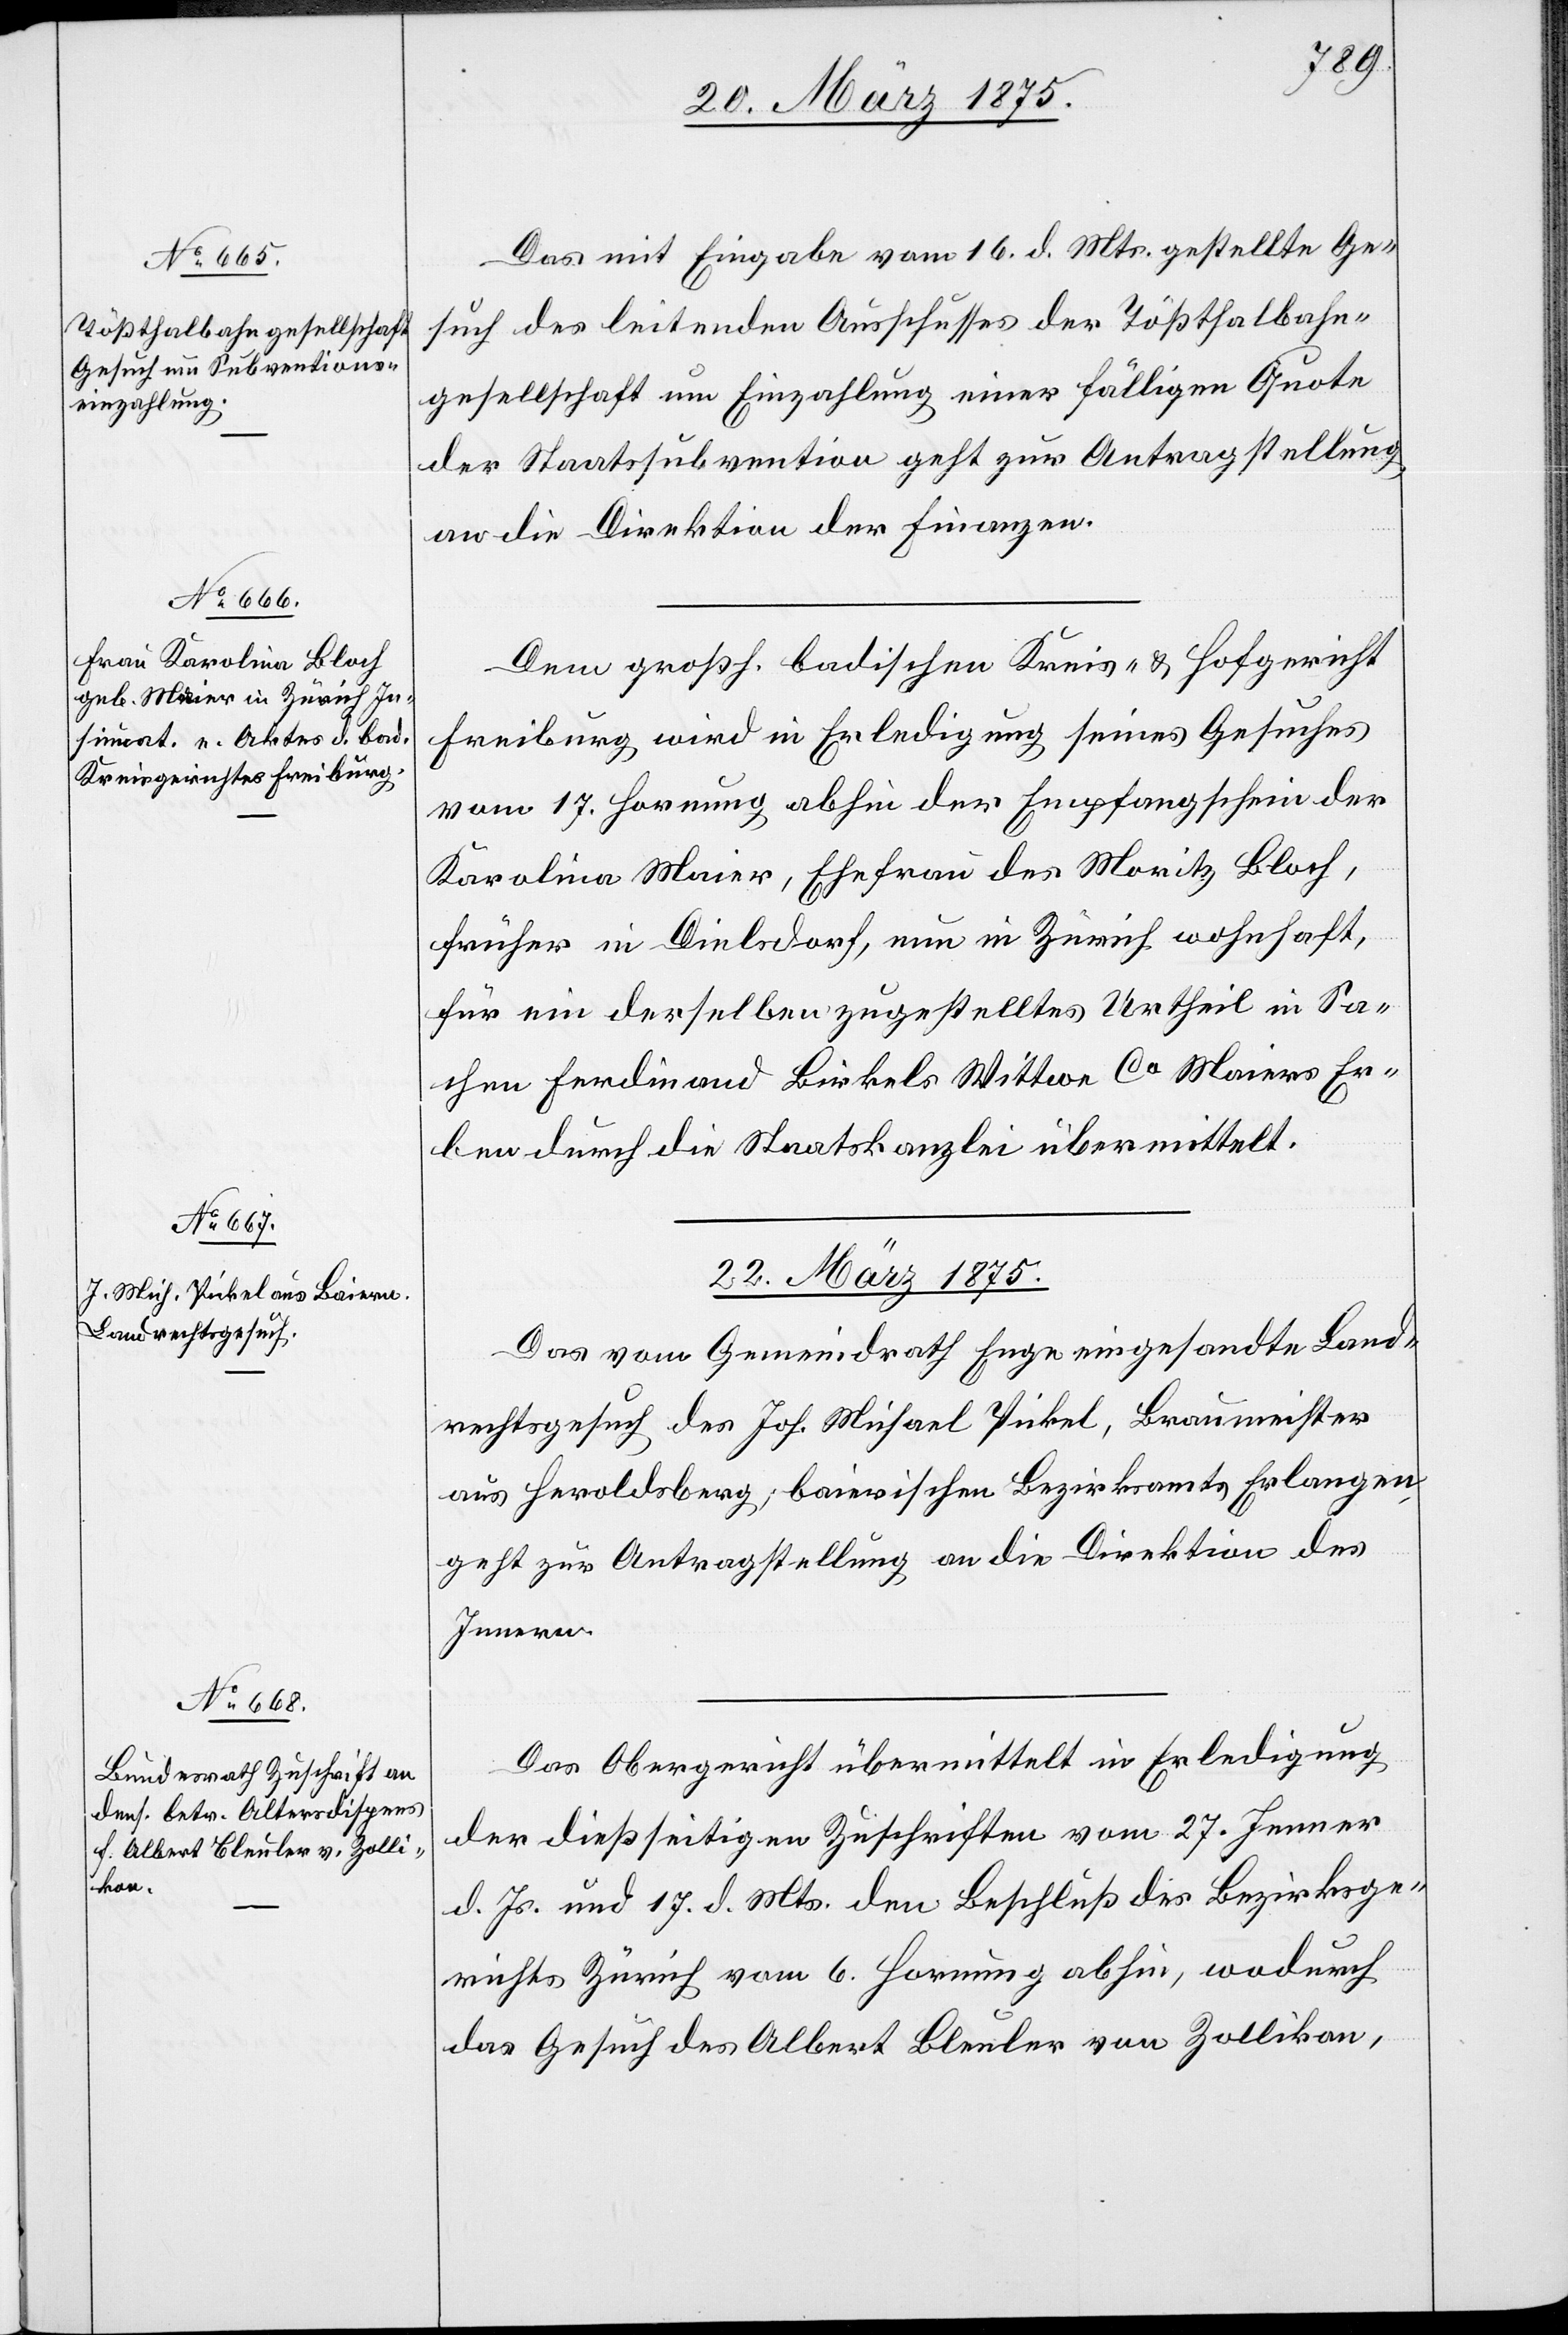
20. März 1875.]
Das mit Eingabe vom 16. d. Mts. gestellte Ge¬
such des leitenden Ausschusses der Tößthalbahn¬
gesellschaft um Einzahlung einer fälligen Quote
der Staatssubvention geht zur Antragstellung
an die Direktion der Finanzen.
Dem großh. badischen Kreis- & Hofgericht
Freiburg wird in Erledigung seines Gesuches
vom 17. Hornung abhin der Empfangsschein der
Karolina Maier, Ehefrau des Moritz Bloch,
früher in Dielsdorf, nun in Zürich wohnhaft,
für ein derselben zugestelltes Urtheil in Sa¬
chen Ferdinand Birkels Wittwe Co Maiers Er¬
ben durch die Staatskanzlei übermittelt.
22. März 1875.]
Das vom Gemeindraht Enge eingesandte Land¬
rechtsgesuch des Jos. Michael Pickel, Braumeister
aus Heroldsberg; baierischen Bezirksamts Erlangen,
geht zur Antragstellung an die Direktion des
Innern.
Das Obergericht übermittelt in Erledigung
der dießseitigen Zuschriften vom 27. Jenner
d. Js. und 17. d. Mts. den Beschluß des Bezirksge¬
richts Zürich vom 6. Hornung abhin, wodurch
das Gesuch des Albert Bleuler von Zollikon,